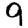
Digit: 9